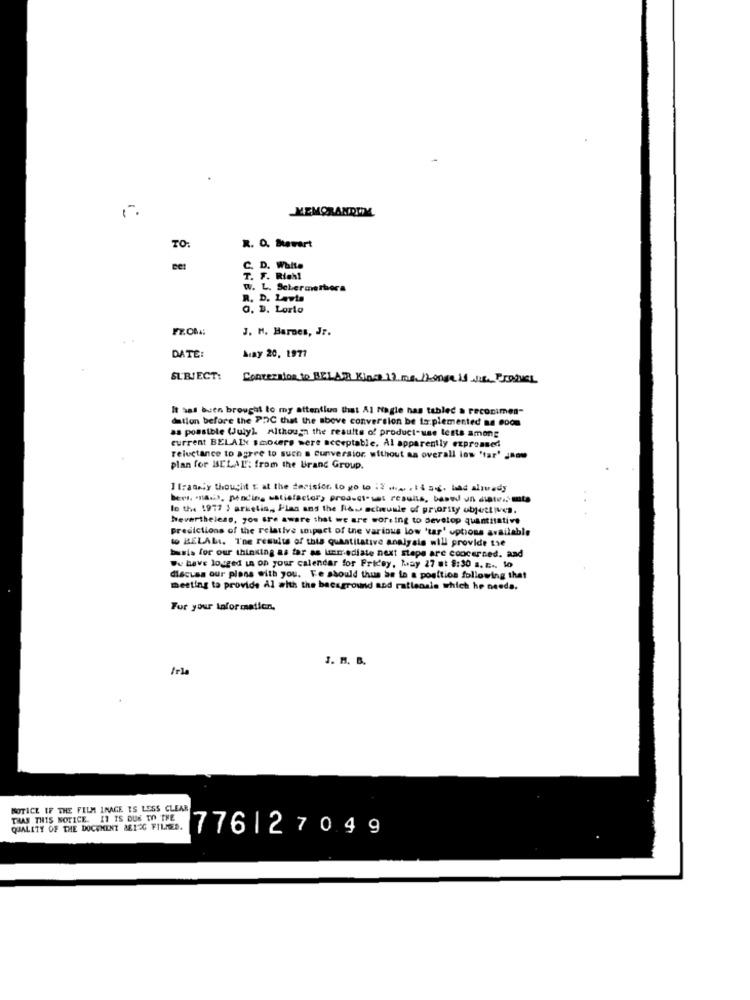
MEMORANDUM
TO:
R. O. Strart
C. D. Walte
T. F. Rich!
W. L. Schermerhora
R. D. Lawta
a. B. Lorto
FROMA;
J. M. Barnes, Jr.
Aray 20, 1977
DATE:
SUBJECT:
Conversion to BELAR King 13 me lange is NIE. Product
It sal buen brought to my attention that Al Nagle has tablec a reconimen-
dation before the PDC that the above conversion be Io.plemented aa ecom
as possible (July). Although the results of product-use tests among
current BELAIN smokers sere acceptable, Al apparently expressed
reluctance to agree to such a cunversior. without aa overall los 'tar' J80
plan for ISELAI: from the Urand Group.
I fradaly thought t: at the derisior, to go to 12 .. . ti si, bad alirady
bers. mais, pending satisfactor, productoset results, basw un diate .. muto
le the 1977 ) arketin ,, Plas and the R&u actuale of priority objectives.
Nevertheless, you are aware that we are working to develop quantitative
predictions of the relative snipact of the various low 'tar' options available
to BELALI. The results of this quantitative analysis will provide the
basis for our thinking as far as linmediate next steps are concerned. and
We have logged in on your calendar for Friday, May 27 at 8:30 a. c ... lo
discuss our plans with you. Fe should thus as in a position following that
meeting to provide Al with the background and ratlenale which he needs.
For your information.
J. H. B.
NOTICE IF THE FILM IMAGE TS LESS CLEAR
TRAS THIS NOTICE. IT IS DUE TO THE
QUALITY OF THE DOCUMENT ME120 FILMED.
776|27049